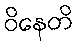
ဝိနေတိ